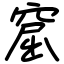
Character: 窟